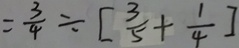
= \frac { 3 } { 4 } \div [ \frac { 3 } { 5 } + \frac { 1 } { 4 } ]